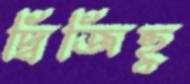
দ্বিজিহ্ব